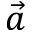
\vec { a }